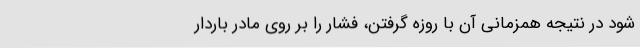
شود در نتیجه همزمانی آن با روزه گرفتن، فشار را بر روی مادر باردار